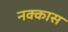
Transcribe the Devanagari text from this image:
नक्कास